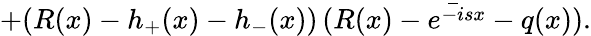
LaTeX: +(R(x)-h_{+}(x)-h_{-}(x))\, \bar{(R(x)-e^{-isx}-q(x))}.